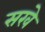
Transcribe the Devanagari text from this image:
सरवे